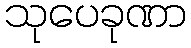
သုပေခုဏာ